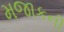
મજાકની